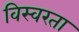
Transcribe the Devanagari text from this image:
विस्वरता